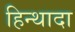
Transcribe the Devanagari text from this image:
हिन्थादा